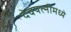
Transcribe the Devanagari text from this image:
देवपत्‍नींमध्ये